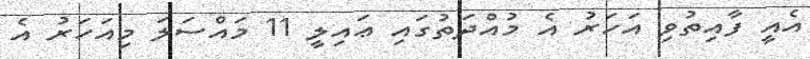
އެއީ ފާއިތުވި އަހަރު އެ މުއްދަތުގައި ޢައިލީ 11 މައްސަލަ މިއަހަރު އެ